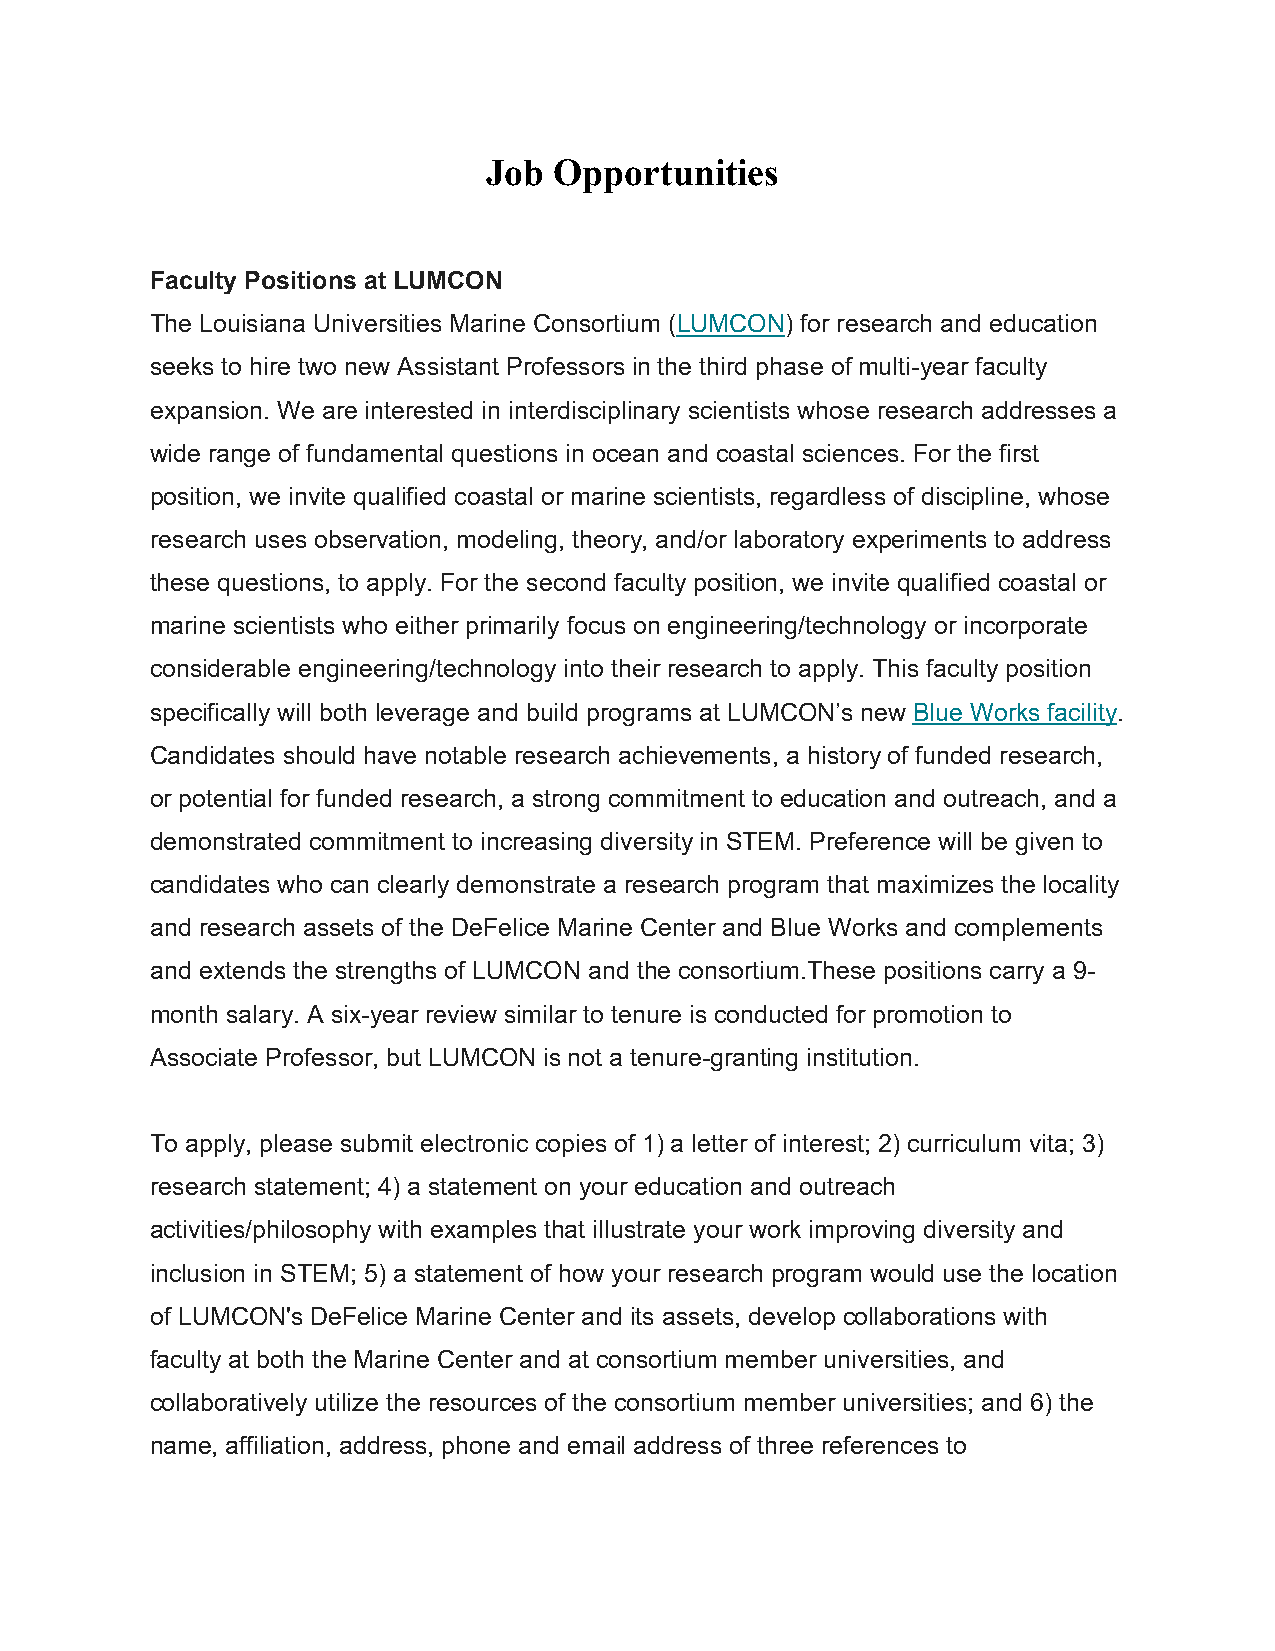
Job  Opportunities
 Faculty Positions at LUMCON
 The Louisiana Universities Marine Consortium (LUMCON) for research and education
 seeks to hire two new Assistant Professors in the third phase of multi-year faculty
 expansion. We are interested in interdisciplinary scientists whose research addresses a
 wide range of fundamental questions in ocean and coastal sciences. For the first
 position, we invite qualified coastal or marine scientists, regardless of discipline, whose
 research uses observation, modeling, theory, and/or laboratory experiments to address
 these questions, to apply. For the second faculty position, we invite qualified coastal or
 marine scientists who either primarily focus on engineering/technology or incorporate
 considerable engineering/technology into their research to apply. This faculty position
 specifically will both leverage and build programs at LUMCON’s new Blue Works facility.
 Candidates should have notable research achievements, a history of funded research,
 or potential for funded research, a strong commitment to education and outreach, and a
 demonstrated commitment to increasing diversity in STEM. Preference will be given to
 candidates who can clearly demonstrate a research program that maximizes the locality
 and research assets of the DeFelice Marine Center and Blue Works and complements
 and extends the strengths of LUMCON and the consortium.These positions carry a 9-
 month salary. A six-year review similar to tenure is conducted for promotion to
 Associate Professor, but LUMCON is not a tenure-granting institution.
 To apply, please submit electronic copies of 1) a letter of interest; 2) curriculum vita; 3)
 research statement; 4) a statement on your education and outreach
 activities/philosophy with examples that illustrate your work improving diversity and
 inclusion in STEM; 5) a statement of how your research program would use the location
 of LUMCON's DeFelice Marine Center and its assets, develop collaborations with
 faculty at both the Marine Center and at consortium member universities, and
 collaboratively utilize the resources of the consortium member universities; and 6) the
 name, affiliation, address, phone and email address of three references to